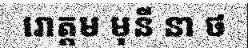
រោត្តម មុនី នា ថ